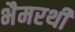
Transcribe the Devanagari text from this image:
भैमरथी